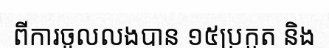
ពីការចូលលងបាន ១៥ប្រកួត និង